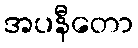
အပနီတော